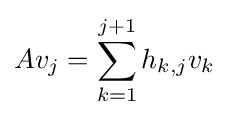
Av_{j}=\sum _{k=1}^{j+1}h_{k,j}v_{k}